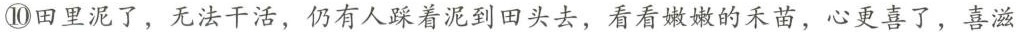
⑩田里泥了，无法干活，仍有人踩着泥到回头去，看看嫩嫩的禾苗，心更喜了，喜滋